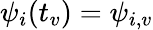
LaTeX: \psi_{i}(t_{v})=\psi_{i,v}